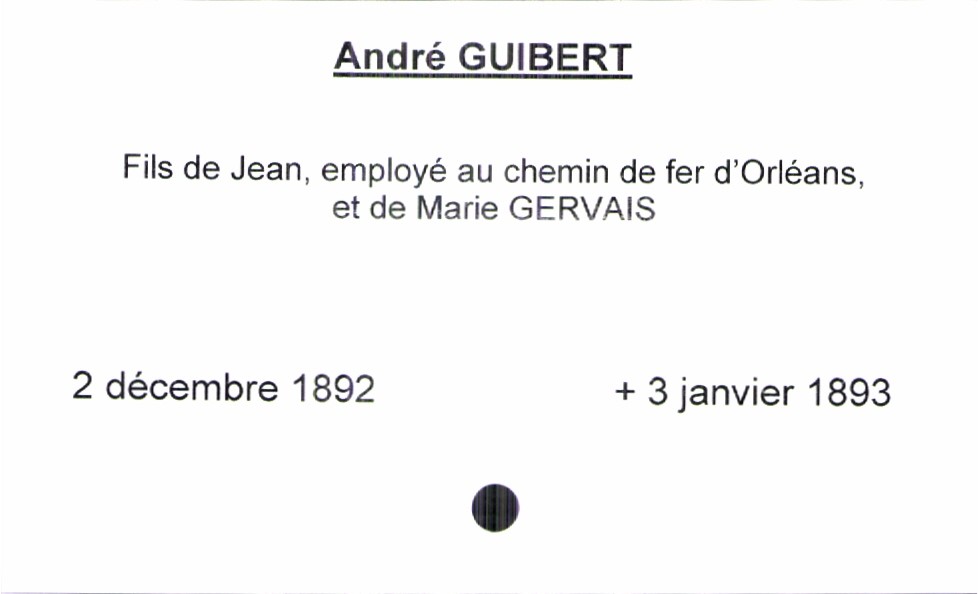
type_acte: Baptême
filiation: fils
enfant_prénom: André
enfant_date_de_naissance: 2 décembre 1892
enfant_date_de_décès: 3 janvier 1893
père_enfant_nom: Guibert
père_enfant_prénom: Jean
père_enfant_profession: employé au chemin de fer d'Orléans
mère_enfant_nom: Gervais
mère_enfant_prénom: Marie